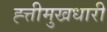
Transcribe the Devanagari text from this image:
ह्त्तीमुखधारी